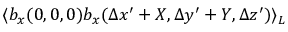
\langle b _ { x } ( 0 , 0 , 0 ) b _ { x } ( \Delta x ^ { \prime } + X , \Delta y ^ { \prime } + Y , \Delta z ^ { \prime } ) \rangle _ { L }